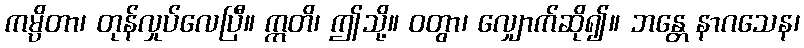
ကမ္ပိတာ၊ တုန်လှုပ်လေပြီ။ ဣတိ၊ ဤသို့။ ဝတွာ၊ လျှောက်ဆို၍။ ဘန္တေ နာဂသေန၊